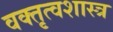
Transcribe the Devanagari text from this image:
वक्‍तृत्वशास्त्र